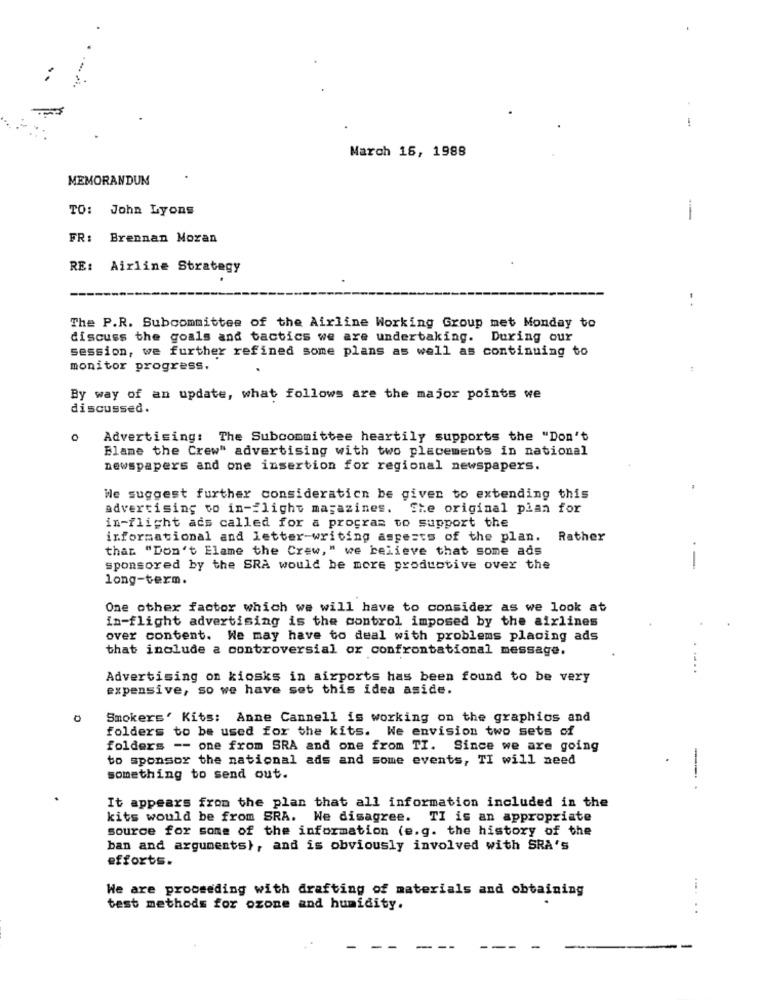
March 15, 1988
MEMORANDUM
TO:
John Lyons
-
FR:
Brennan Moran
RE: Airline Strategy
..
The P.R. Subcommittee of the Airline Working Group met Monday to
discuss the goals and tactics we are undertaking. During our
session, we further refined some plans as well as continuing to
monitor progress.
By way of an update, what follows are the major points we
discussed.
Advertising: The Subcommittee heartily supports the "Don't
Blame the Crew" advertising with two placements in national
newspapers and one insertion for regional newspapers.
We suggest further consideraticn be given to extending this
advertising to in-flight magazines. The original plan for
in-flight ads called for a program to support the
informational and letter-writing aspects of the plan.
Rather
that "Don't Elame the Crew," we believe that some ads
sponsored by the SRA would be more productive over the
long-term.
One other factor which we will have to consider as we look at
in-flight advertising is the control imposed by the airlines
over content. We may have to deal with problems placing ads
that include a controversial or confrontational message.
Advertising on kiosks in airports has been found to be very
expensive, so we have set this idea aside.
0
Smokers' Kits: Anne Cannell is working on the graphics and
folders to be used for the kits. We envision two sets of
folders -- one from SRA and one from TI. Since we are going
to sponsor the national ads and some events, TI will need
-
something to send out.
It appears from the plan that all information included in the
kits would be from SRA. We disagree. TI is an appropriate
source for some of the information (e.g. the history of the
ban and arguments), and is obviously involved with SRA's
efforts.
We are proceeding with drafting of materials and obtaining
test methods for ozone and humidity.
. .